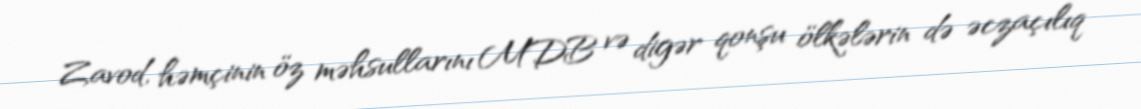
Zavod, həmçinin öz məhsullarını MDB və digər qonşu ölkələrin də əczaçılıq